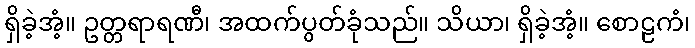
ရှိခဲ့အံ့။ ဥတ္တရာရဏီ၊ အထက်ပွတ်ခုံသည်။ သိယာ၊ ရှိခဲ့အံ့။ စောဠကံ၊